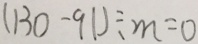
( 1 3 0 - 9 1 ) \div m = 0